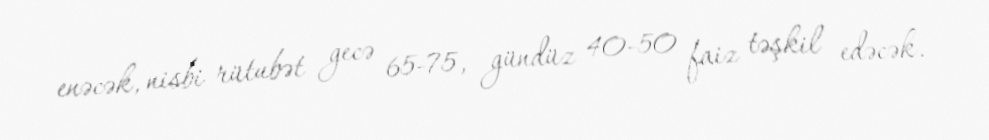
enəcək, nisbi rütubət gecə 65-75, gündüz 40-50 faiz təşkil edəcək.